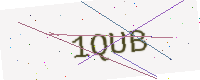
Text: 1QUB